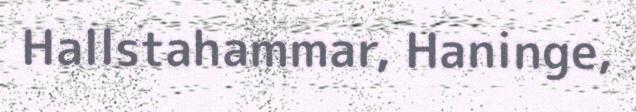
Hallstahammar, Haninge,